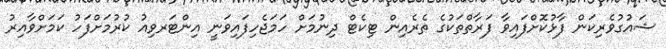
ޝައުގުވެރިކަން ފާޅުކޮށްފައިވާ ފަރާތްތަކުގެ ތެރެއިން ޓިކެޓް ދިނުމަށް ހަމަޖެހިފައިވަނީ އިންޓަރވިއު ކުރުމަށްފަހު ކަމަށްވާއިރު